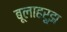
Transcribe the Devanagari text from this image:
बूलाहरूझ